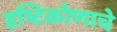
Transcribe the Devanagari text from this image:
दृष्टिकोणाचे